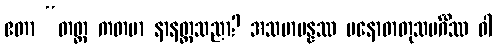
ဧတာ “တတ္ထ ကတမာ နာနတ္တသညာ? အသမာပန္နဿ မနောဓာတုသမင်္ဂိဿ ဝါ